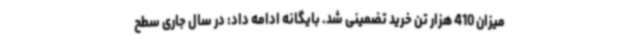
میزان 410 هزار تن خرید تضمینی شد. بایگانه ادامه داد: در سال جاری سطح